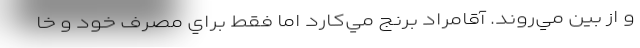
و از بين مي‌روند. آقامراد برنج مي‌كارد اما فقط براي مصرف خود و خا